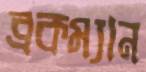
ব্রকম্যান